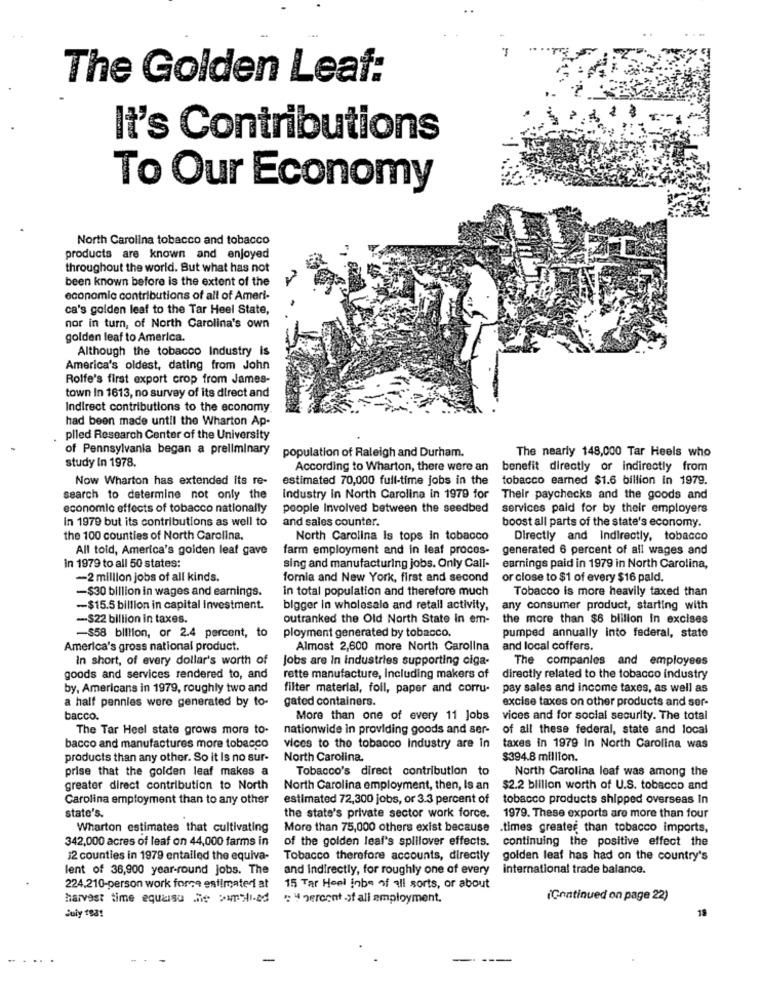
The Golden Leaf:
It's Contributions
To Our Economy
North Carolina tobacco and tobacco
products are known and enjoyed
throughout the world. But what has not
been known before is the extent of the
economic contributions of all of Ameri
ca's golden leaf to the Tar Heel State,
nor in turn, of North Carolina's own
golden leaf to America.
Although the tobacco Industry is
America's oldest, dating from John
Rolfe's first export crop from James-
town In 1613, no survey of its direct and
Indirect contributions to the economy
had been made until the Wharton Ap-
piled Research Center of the University
of Pennsylvania began a preliminary
study In 1978.
population of Raleigh and Durham.
The nearly 148,000 Tar Heels who
According to Wharton, there were an
benefit directly or indirectly from
Now Wharton has extended its re-
estimated 70,000 full-time jobs in the
tobacco earned $1.6 billion in 1979.
search to determine not only the
Industry in North Carolina in 1979 for
Their paychecks and the goods and
economic effects of tobacco nationally
people Involved between the seedbed
services paid for by their employers
In 1979 but its contributions as well to
and sales counter.
boost all parts of the state's economy.
the 100 counties of North Carolina.
North Carolina Is tops in tobacco
Directly and Indirectly, tobacco
All toid, America's golden leaf gave
farm employment and in leaf proces-
generated 6 percent of all wages and
in 1979 to all 50 states:
sing and manufacturing jobs. Only Call-
earnings paid in 1979 in North Carolina,
-2 million jobs of all kinds.
fornia and New York, first and second
or close to $1 of every $16 pald.
-$30 billion in wages and earnings.
in total population and therefore much
Tobacco is more heavily taxed than
-$15.5 billion in capital investment.
bigger in wholesale and retall activity,
any consumer product, starting with
-$22 billion in taxes.
outranked the Old North State in em-
the more than $6 blilion In excises
-$58 billion, or 2.4 percent, to
ployment generated by tobacco.
pumped annually into federal, state
America's gross national product.
Almost 2,600 more North Carolina
and local coffers.
In short, of every dollar's worth of
Jobs are in industries supporting ciga-
The companies and employees
goods and services rendered to, and
rette manufacture, including makers of
directly related to the tobacco industry
by, Americans in 1979, roughly two and
filter material, foil, paper and corru-
pay sales and income taxes, as well as
a half pennies were generated by to-
excise taxes on other products and ser-
gated containers.
bacco.
More than one of every 11 Jobs
vices and for social security. The total
The Tar Heel state grows more to-
nationwide in providing goods and ser-
of all these federal, state and local
bacco and manufactures more tobacco
vices to the tobacco Industry are in
taxes in 1979 In North Carolina was
products than any other. So it Is no sur-
North Carolina.
$394.8 million.
prise that the golden leaf makes a
Tobacco's direct contribution to
North Carolina leaf was among the
greater direct contribution to North
North Carolina employment, then, Is an
$2.2 blilion worth of U.S. tobacco and
Carolina employment than to any other
estimated 72,300 jobs, or 3.3 percent of
tobacco products shipped overseas In
state's.
the state's private sector work force.
1979. These exports are more than four
Wharton estimates that cultivating
More than 75,000 others exist because
.times greater than tobacco imports,
342,000 acres of leaf on 44,000 farms in
of the golden leaf's splilover effects.
continuing the positive effect the
12 counties in 1979 entailed the equiva-
Tobacco therefore accounts, directly
golden leaf has had on the country's
lent of 36,900 year-round jobs. The
and indirectly, for roughly one of every
international trade balance.
224.210-person work force estimated at
15 Tar Heel inbe of all sorts, or about
harvest time equaisu he >w91-ad
. 4 percent of all employment.
(Continued on page 22)
19
July 1931